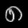
Digit: ၈